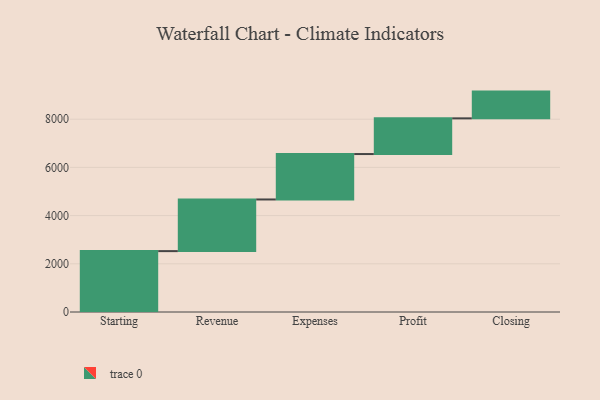
{"axis": {"x": "Step", "y": "Value"}, "legend": [""], "data": [{"x": "Starting", "y": 2526.0, "type": ""}, {"x": "Revenue", "y": 2143.0, "type": ""}, {"x": "Expenses", "y": 1885.0, "type": ""}, {"x": "Profit", "y": 1481.0, "type": ""}, {"x": "Closing", "y": 1110.0, "type": ""}]}